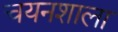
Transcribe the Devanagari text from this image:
चयनशाला